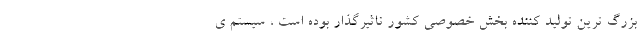
بزرگ ترین تولید کننده بخش خصوصی کشور تاثیرگذار بوده است ، سیستم ی